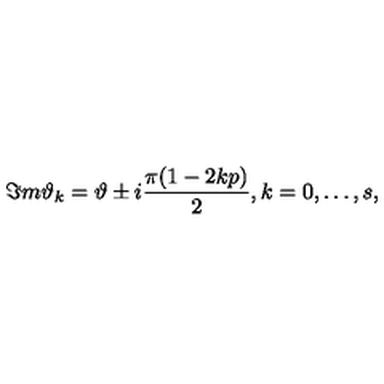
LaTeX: \Im m \vartheta _ { k } = \vartheta \pm i \frac { \pi ( 1 - 2 k p ) } { 2 } , k = 0 , \ldots , s ,